Vaccine operations Central Provinces 1886-1899 - 1886-1899
Year: 1886
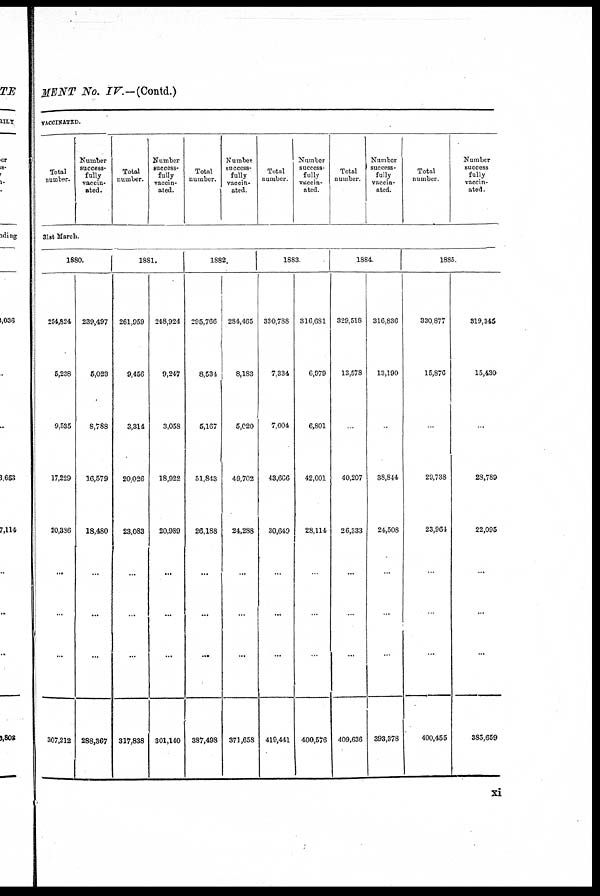
MENT No. IV.—(Contd.)
VACCINATED.
Total
number.
Number
success¬
fully
vaccin-
ated.
Total
number.
Number
success-
fully
vaccin-
ated.
Total
number.
Number
success-
fully
vaccin-
ated.
Total
number.
Number
success-
fully
vaccin¬
ated.
Total
number.
Number
success-
fully
vaccin-
ated.
Total
number.
Number
success
fully
vaccin-
ated.
31st March.
1880.
254,824
5,238
9,535
17,229
20,386
...
...
...
307,212
239,497
5,023
8,788
16,579
18,480
...
...
...
288,367
1881.
261,959
9,456
3,314
20,026
23,083
...
...
...
317,838
248,924
9,247
3,058
18,922
20,989
...
...
...
301,140
1882.
295,766
8,534
5,167
51,843
26,188
...
...
...
387,498
284,465
8,183
5,020
49,702
24,288
...
...
...
371,658
1883.
330,788
7,334
7,004
43,666
30,649
...
...
...
419,441
316,681
6,979
6,801
42,001
28,114
...
...
...
400,576
1884.
329,518
13,578
...
40,207
26,333
...
...
...
409,636
316,836
13,190
...
38,844
24,508
...
...
...
393,378
1885.
330,877
15,876
...
29,738
23,964
...
...
...
400,455
319,345
15,430
...
28,789
22,095
...
...
...
385,659
xi